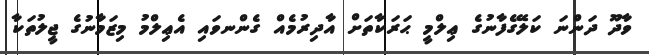
ވާދޫ ދަންނަ ކަލޭގެފާނުގެ ޢިލްމީ ޙަރަކާތަށް އާދިރުމެއް ގެންނވައި އެޢިލްމު މިޒަމާނުގެ ޖީލުތަކާ